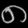
Digit: ၈